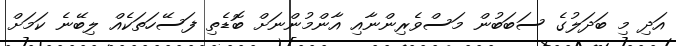
އަދި މި ބަދަލުގެ ސަބަބުން މަސްވެރިންނާއި އާންމުންނަށް ބޮޑެތި ފަސޭހަތަކެއް ލިބޭނެ ކަމަށް